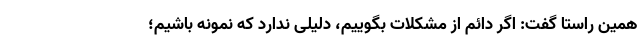
همین راستا گفت: اگر دائم از مشکلات بگوییم، دلیلی ندارد که نمونه باشیم؛